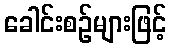
ခေါင်းစဉ်များဖြင့်